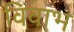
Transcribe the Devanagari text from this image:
विवाभ